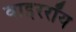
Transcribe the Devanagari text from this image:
वाइररॉय